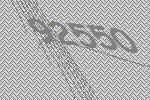
92550